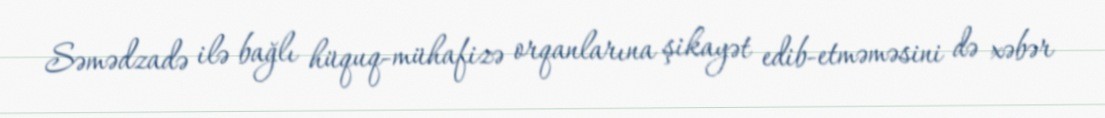
Səmədzadə ilə bağlı hüquq-mühafizə orqanlarına şikayət edib-etməməsini də xəbər